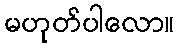
မဟုတ်ပါလော။